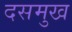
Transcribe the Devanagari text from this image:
दसमुख